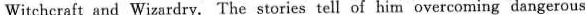
Witchcraft and Wizardry.The stories tell of him overcoming dangerous